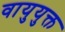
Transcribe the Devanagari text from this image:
वायुयुक्त